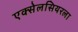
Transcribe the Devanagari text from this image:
एक्सेलसियरला